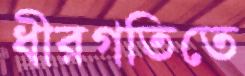
ধীরগতিতে